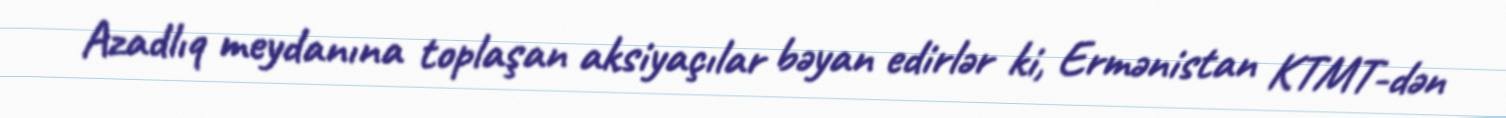
Azadlıq meydanına toplaşan aksiyaçılar bəyan edirlər ki, Ermənistan KTMT-dən